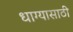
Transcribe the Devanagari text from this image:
धाग्यासाठी